Civil Veterinary Department Bihar & Orissa reports 1929-36 - 1929-1936
Year: 1929
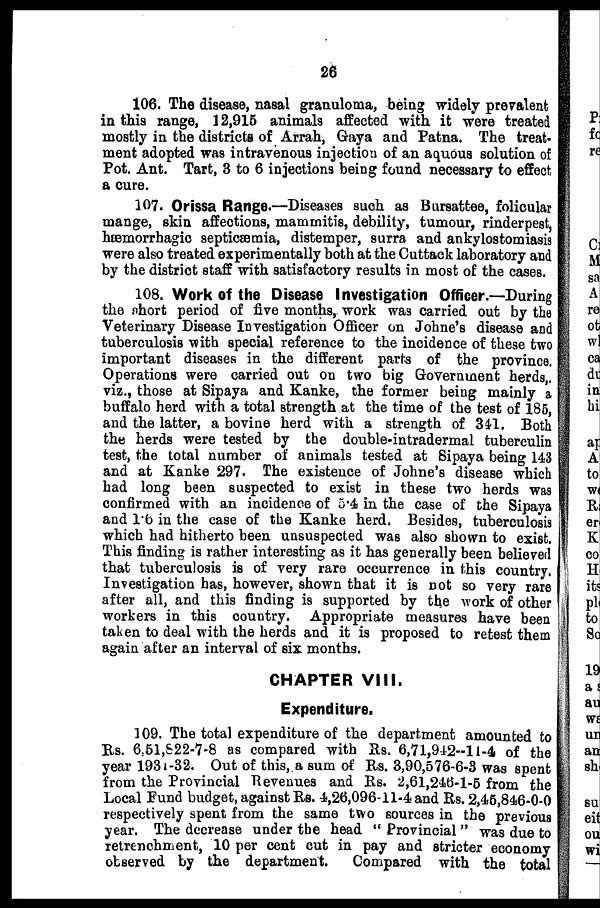
26
106. The disease, nasal granuloma, being widely prevalent;
in this range, 12,915 animals affected with it were treated
mostly in the districts of Arrah, Gaya and Patna. The treat-
ment adopted was intravenous injection of an aquous solution of
Pot. Ant. Tart, 3 to 6 injections being found necessary to effect
a cure.
107. Orissa Range.—Diseases such as Bursattee, folicular
mange, skin affections, mammitis, debility, tumour, rinderpest,
hæmorrhagic septicæmia, distemper, surra and ankylostomiasis
were also treated experimentally both at the Cuttack laboratory and
by the district staff with satisfactory results in most of the cases.
108. Work of the Disease Investigation Officer.—During
the short period of five months, work was carried out by the
Veterinary Disease Investigation Officer on Johne's disease and
tuberculosis with special reference to the incidence of these two
important diseases in the different parts of the province.
Operations were carried out on two big Government herds,.
viz., those at Sipaya and Kanke, the former being mainly a
buffalo herd with a total strength at the time of the test of 185,
and the latter, a bovine herd with a strength of 341. Both
the herds were tested by the double-intradermal tuberculin
test, the total number of animals tested at Sipaya being 143
and at Kanke 297. The existence of Johne's disease which
had long been suspected to exist in these two herds was
confirmed with an incidence of 5.4 in the case of the Sipaya
and 1.6 in the case of the Kanke herd. Besides, tuberculosis
which had hitherto been unsuspected was also shown to exist.
This finding is rather interesting as it has generally been believed
that tuberculosis is of very rare occurrence in this country.
Investigation has, however, shown that it is not so very rare
after all, and this finding is supported by the work of other
workere in this country. Appropriate measures have been
taken to deal with the herds and it is proposed to retest them
again after an interval of six months.
CHAPTER VIII.
Expenditure.
109. The total expenditure of the department amounted to
Rs. 6,51,822-7-8 as compared with Rs. 6,71,912-1 1-4 of the
year 1931-32. Out of this, a sum of Rs. 3,90,576-6-3 was spent
from the Provincial Revenues and Rs. 2,61,246-1-5 from the
Local Fund budget, against Rs. 4,26,096-11-4 and Rs. 2,46,846-0-0
respectively 9pent from the same two sources in the previous
year. The decrease under the head " Provincial " was due to
retrenchment, 10 per cent cut in pay and stricter economy
observed by the department.
Compared with the total